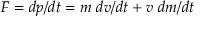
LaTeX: F = d p / d t = m \; d v / d t + v \; d m / d t